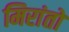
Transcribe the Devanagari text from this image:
मिरांतो